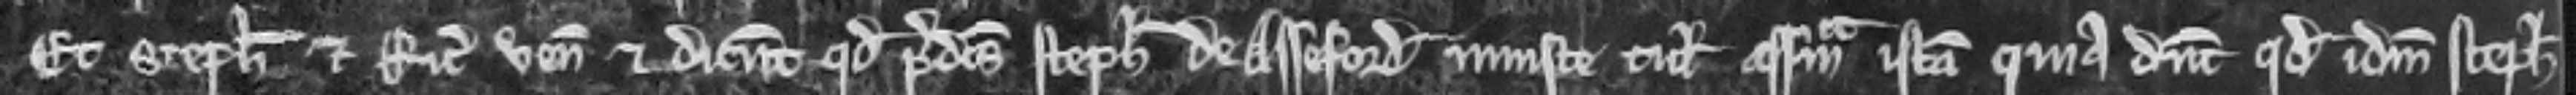
Et Stephanus et Ricardus veniunt et dicunt quod predictus Stephanus de Asseford injuste tulit assisam istam quia dicunt quod idem Stephanus